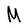
Character: M